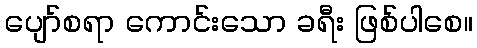
ပျော်စရာ ကောင်းသော ခရီး ဖြစ်ပါစေ။